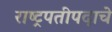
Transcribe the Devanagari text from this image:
राष्ट्रपतीपदाचे